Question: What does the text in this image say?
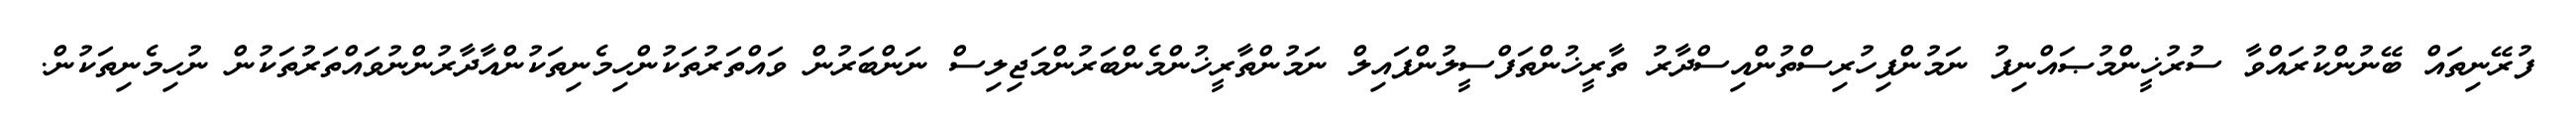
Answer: ފުރޭނިތައް ބޭނުންކުރައްވާ ސުރުޚީންމުޞައްނިފު ނަމުންފިހުރިސްތުންއިސްދާރު ތާރީޚުންތަފްސީލުންފައިލް ނަމުންތާރީޚުންމެންބަރުންމަޖިލިސް ނަންބަރުން ވައްތަރުތަކުންހިމެނިތަކުންއާދާރުންނުވައްތަރުތަކުން ނުހިމެނިތަކުން.